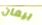
بيمان